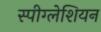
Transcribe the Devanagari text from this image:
स्पीग्लेशियन